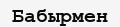
Бабырмен